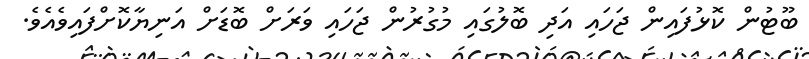
ބޫޓުން ކޮޅުފައިން ޖަހައި އަދި ބޮލުގައި މުގުރުން ޖަހައި ވަރަށް ބޮޑަށް އަނިޔާކޮށްފައިވެއެވެ.